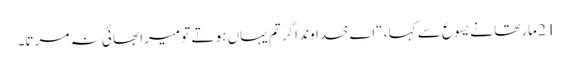
21 مارتھا نے یسوع سے کہا ، “اے خداوند اگر تم یہاں ہو تے تو میرا بھائی نہ مر تا۔